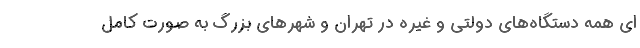
ای همه دستگاه‌های دولتی و غیره در تهران و شهرهای بزرگ به صورت کامل